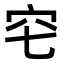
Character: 𥤥